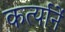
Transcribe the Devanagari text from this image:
कर्त्यानें